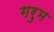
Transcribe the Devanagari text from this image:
गरुम